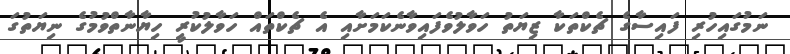
ނަމުގައިހުރި ފައިސާގެ ޗެކްތަކާ ޒިޔަތު ހަވާލުވެފައިވާނެކަމަށާއި އެ ޗެކްތައް ހަވާލުކުރީ ހިޔާނާތްވުމުގެ ނިޔަތުގަ